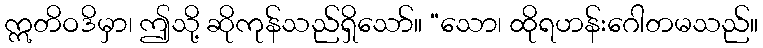
ဣတိဝဒိမှာ၊ ဤသို့ ဆိုကုန်သည်ရှိသော်။ “သော၊ ထိုရဟန်းဂေါတမသည်။